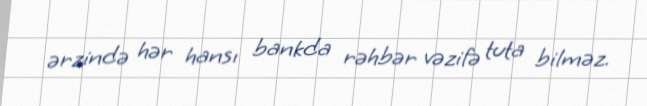
ərzində hər hansı bankda rəhbər vəzifə tuta bilməz.